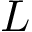
L